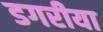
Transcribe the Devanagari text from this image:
डगरीया